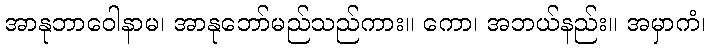
အာနုဘာဝေါနာမ၊ အာနုဘော်မည်သည်ကား။ ကော၊ အဘယ်နည်း။ အမှာကံ၊